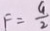
F = \frac { 4 } { 2 }